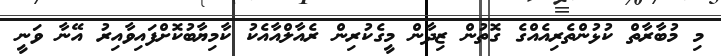
މި މުބާރާތް ކުޅުންތެރިއެއްގެ ގޮތުން ޒިދާން މީގެކުރިން ރެއާލްއާއެކު ކާމިޔާބުކޮށްފައިވާއިރު އޭނާ ވަނީ